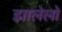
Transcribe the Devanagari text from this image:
झालेलो